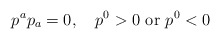
\begin{align*}p^a p_a = 0,\quad p^0 > 0 \,\,{\rm or}\,\, p^0 < 0\end{align*}